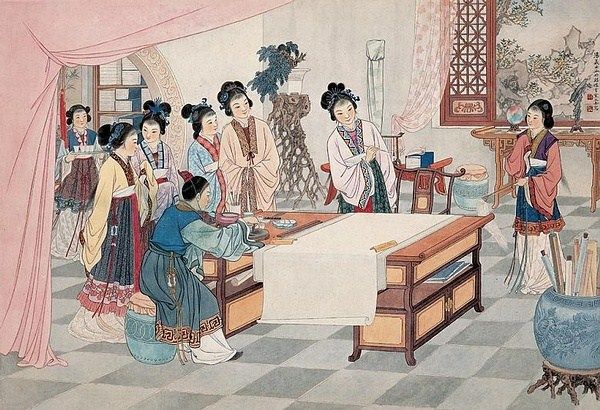
络纬秋啼金井阑，微霜凄凄簟色寒。